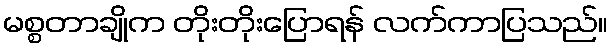
မစ္စတာချိုက တိုးတိုးပြောရန် လက်ကာပြသည်။